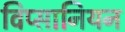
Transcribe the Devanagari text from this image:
विप्सानियन